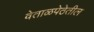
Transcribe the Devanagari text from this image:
वेताळपेठेतील